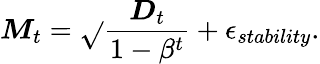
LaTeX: \boldsymbol{\mathit{M}}_{t}=\sqrt{}{{\frac{{\boldsymbol{D}_{t}}}{{1-\beta^{t}}}}}+\epsilon_{stability}.